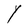
Character: Y